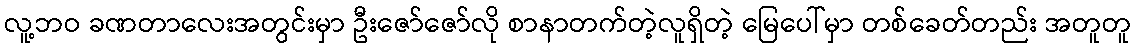
လူ့ဘဝ ခဏတာလေးအတွင်းမှာ ဦးဇော်ဇော်လို စာနာတက်တဲ့လူရှိတဲ့ မြေပေါ်မှာ တစ်ခေတ်တည်း အတူတူ